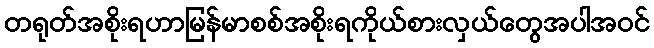
တရုတ်အစိုးရဟာမြန်မာစစ်အစိုးရကိုယ်စားလှယ်တွေအပါအဝင်